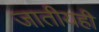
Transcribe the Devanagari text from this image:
जातीयही